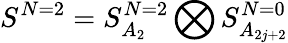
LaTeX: S^{N=2}=S_{A_{2}}^{N=2}\bigotimes S_{A_{2j+2}}^{N=0}